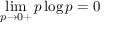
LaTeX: \operatorname* { l i m } _ { p \rightarrow 0 + } p \log p = 0